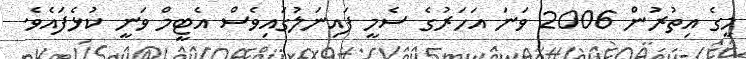
މީގެ އިތުރުން 2006 ވަނަ އަހަރުގެ ސެމީ ފައިނަލުގައިވެސް އެޓީމް ވަނީ ކުޅެފައެވެ.